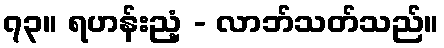
၇၃။ ရဟန်းညံ့ - လာဘ်သတ်သည်။